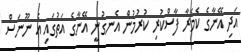
އަދި އޭނާގެ ކެމެރާ ފާސްކުރި ކުރުމުން އެނގުނީ އޭނާގެ އަތުގައި އެ ނޫނަސް